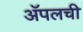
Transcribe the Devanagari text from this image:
अॅपलची